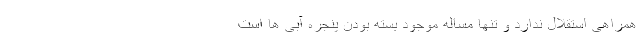
همراهی استقلال ندارد و تنها مساله موجود بسته بودن پنجره آبی ها است